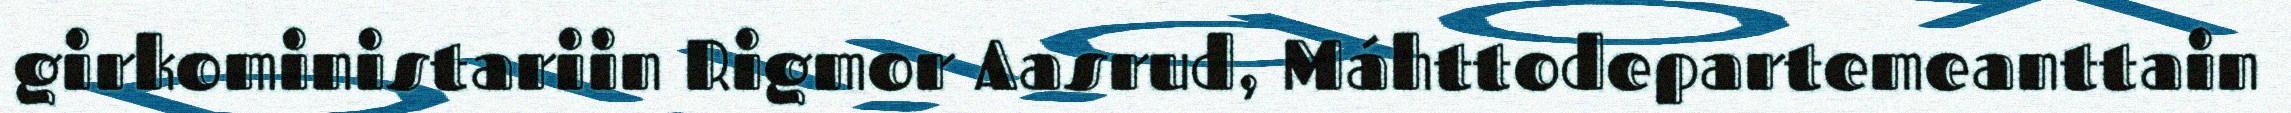
girkoministariin Rigmor Aasrud, Máhttodepartemeanttain